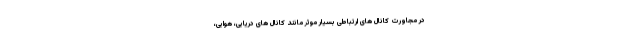
در مجاورت کانال های ارتباطی بسیار موثر مانند کانال های دریایی، هوایی،